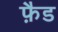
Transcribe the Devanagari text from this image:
फ़ैड